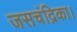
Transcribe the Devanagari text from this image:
जसचंद्रिका।